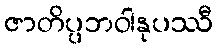
ဇာတိပ္ပဘဝါနုပဿီ